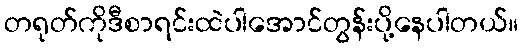
တရုတ်ကိုဒီစာရင်းထဲပါအောင်တွန်းပို့နေပါတယ်။